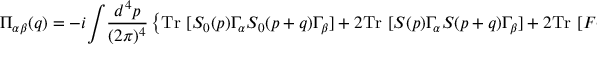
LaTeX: \Pi _ { \alpha \beta } ( q ) = - i \! \int \! \frac { d ^ { 4 } p } { ( 2 \pi ) ^ { 4 } } \left\{ \mathrm { T r } ~ [ S _ { 0 } ( p ) \Gamma _ { \alpha } S _ { 0 } ( p + q ) \Gamma _ { \beta } ] + 2 \mathrm { T r } ~ [ S ( p ) \Gamma _ { \alpha } S ( p + q ) \Gamma _ { \beta } ] + 2 \mathrm { T r } ~ [ F ( p ) \Gamma _ { \alpha } \bar { F } ( p + q ) \Gamma _ { \beta } ] \right\} \, .